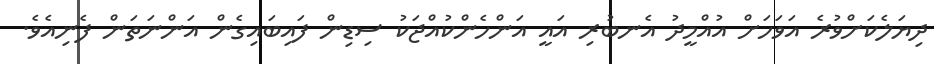
ދިޔަލެކަށްވުރެ އަވަހަށް އުއްމީދު އެނބުރި އައީ އަންހެންކުއްޖަކު ސިޑިން ފައިބައިގެން އަންނަތަން ފެނިއެވެ.